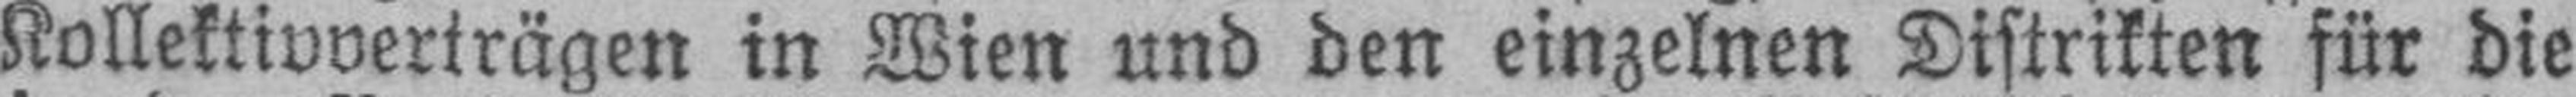
Kollektivverträgen in Wien und den einzelnen Distrikten für die